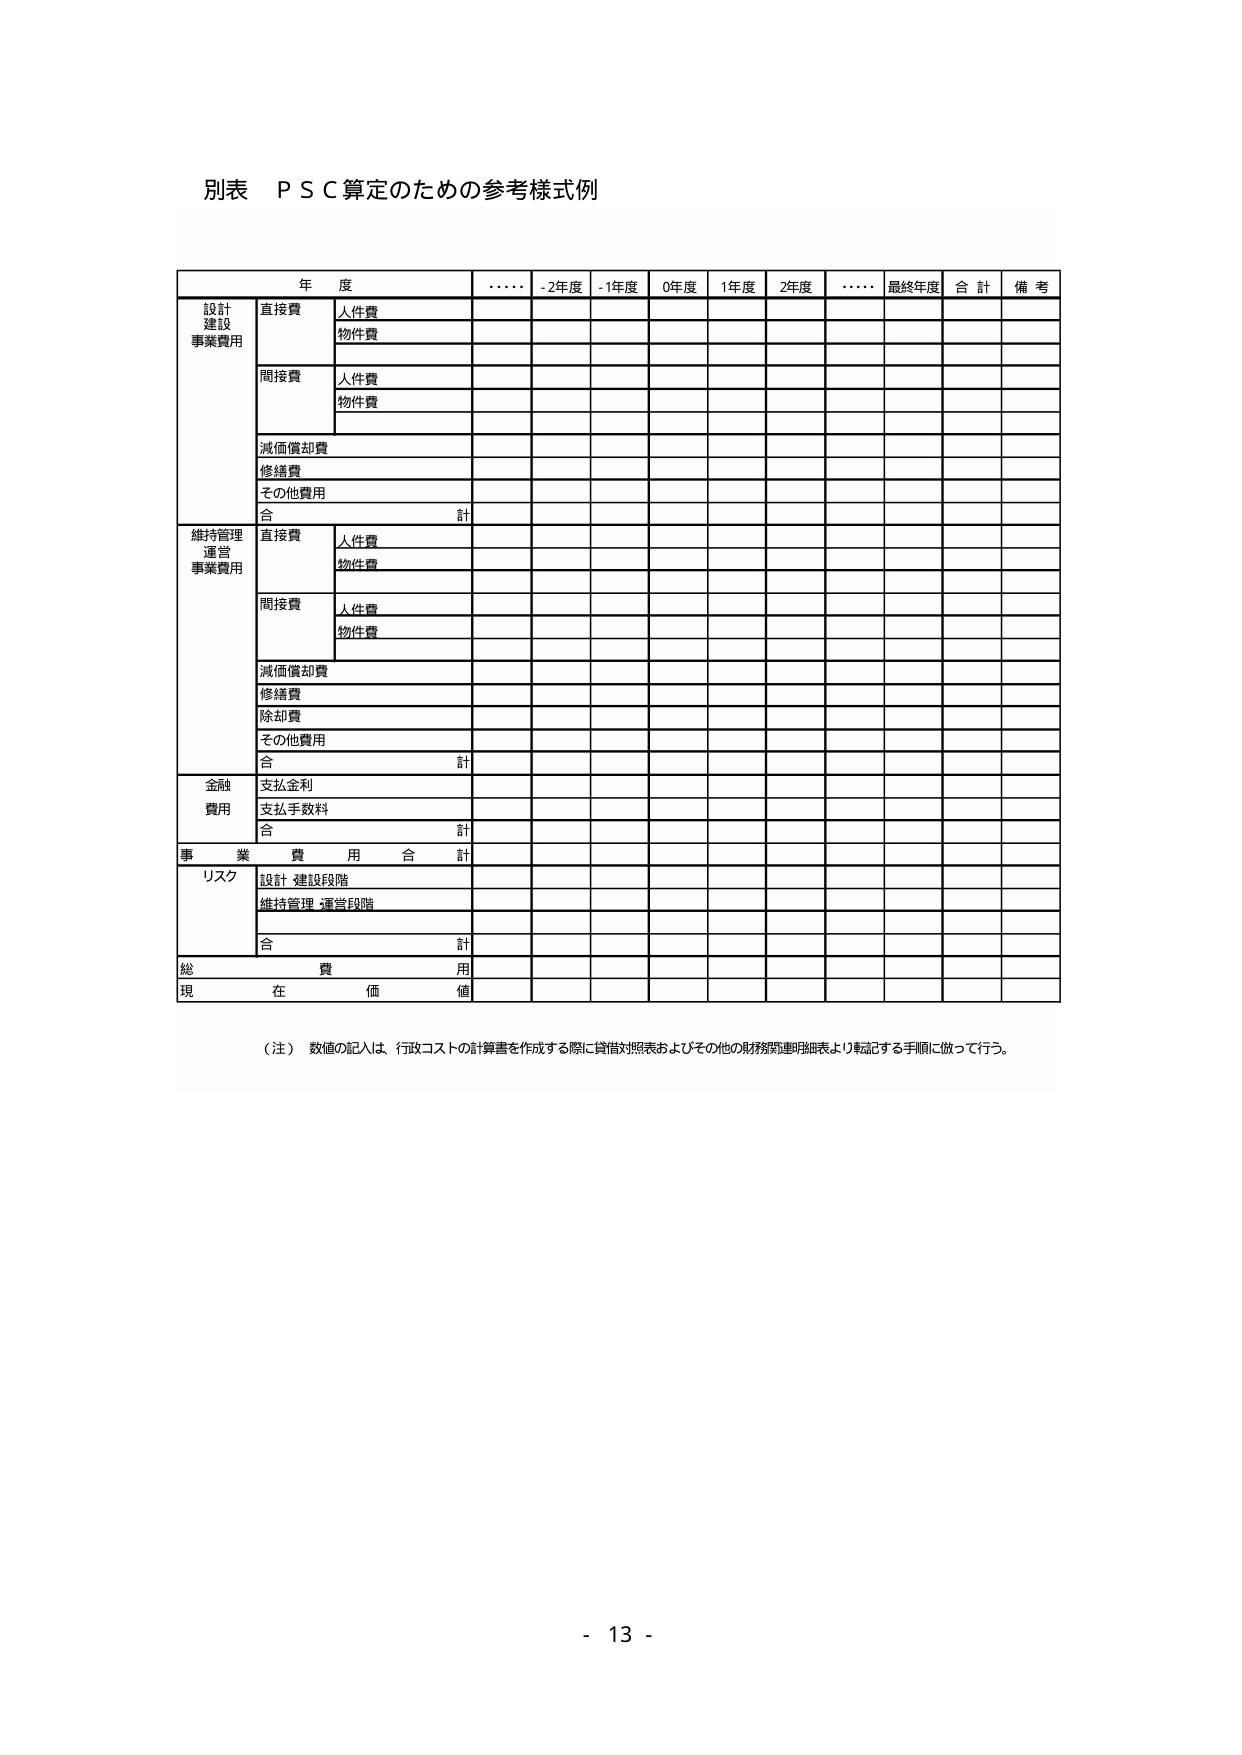
別表　ＰＳＣ算定のための参考様式例

年　度